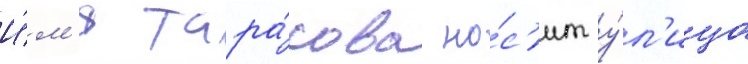
И́м'я тара́сова но́с'ит у́л'ица